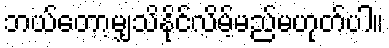
ဘယ်တော့မျှသိနိုင်လိမ့်မည်မဟုတ်ပါ။